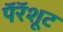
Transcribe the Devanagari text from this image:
पॅरॅशूट